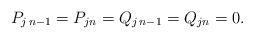
LaTeX: \begin{align*} P_{j\,n-1}=P_{jn}=Q_{j\,n-1}=Q_{jn}=0. \end{align*}